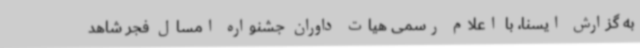
به گزارش ایسنا، با اعلام رسمی هیات داوران جشنواره امسال فجر شاهد